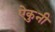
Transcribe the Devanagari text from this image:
ऐकुनी